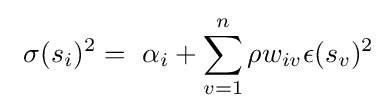
~\sigma (s_{i})^{2}=~\alpha _{i}+\sum _{v=1}^{n}\rho w_{iv}\epsilon (s_{v})^{2}